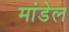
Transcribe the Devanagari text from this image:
मांडेल